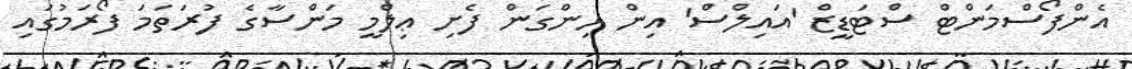
އެންފޯސްމަންޓް ސްޓަޑީޒް 'އައިލްސް' އިން ހިންގަން ފެށި ޢިލްމީ މަންސާގެ ފުރަތަމަ ފޯރަމުގައި